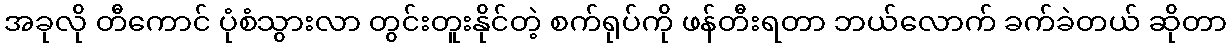
အခုလို တီကောင် ပုံစံသွားလာ တွင်းတူးနိုင်တဲ့ စက်ရုပ်ကို ဖန်တီးရတာ ဘယ်လောက် ခက်ခဲတယ် ဆိုတာ